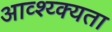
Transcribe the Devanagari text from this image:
आव्श्य्क्यता